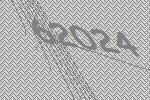
62024